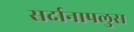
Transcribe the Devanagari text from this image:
सर्दानापलुस